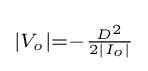
\scriptstyle \left|V_{o}\right|=-{\frac {D^{2}}{2\left|I_{o}\right|}}